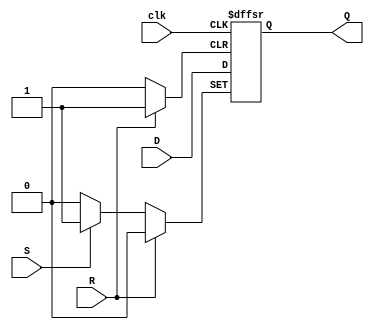
module d_ff_with_async_set_reset (
    input D,
    input S,
    input R,
    input clk,
    output reg Q
);

always @(posedge clk or posedge S or posedge R) begin
    if(S)
        Q <= 1'b1;
    else if(R)
        Q <= 1'b0;
    else if(clk)
        Q <= D;
end

endmodule